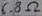
Text: 6.8Ω